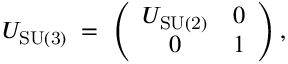
U _ { \mathrm { S U ( 3 ) } } \; = \; \left( \begin{array} { c c } { { U _ { \mathrm { S U ( 2 ) } } } } & { { 0 } } \\ { { 0 } } & { { 1 } } \end{array} \right) ,